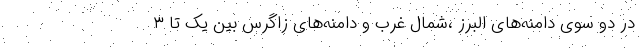
در دو سوی دامنه‌های البرز ،شمال غرب و دامنه‌های زاگرس بین یک تا ۳